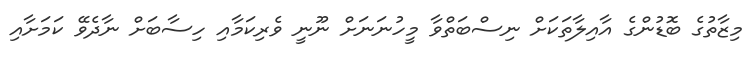
މިޒާތުގެ ބޮޑުންގެ އާއިލާތަކަށް ނިސްބަތްވާ މީހުނަނަށް ނޫނީ ވެރިކަމާއި ހިސާބަށް ނާދެވޭ ކަމަށާއި